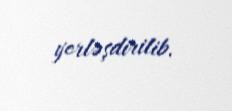
yerləşdirilib.